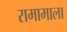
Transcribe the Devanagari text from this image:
रामामाला